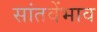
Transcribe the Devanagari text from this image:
सांतवेंभाव